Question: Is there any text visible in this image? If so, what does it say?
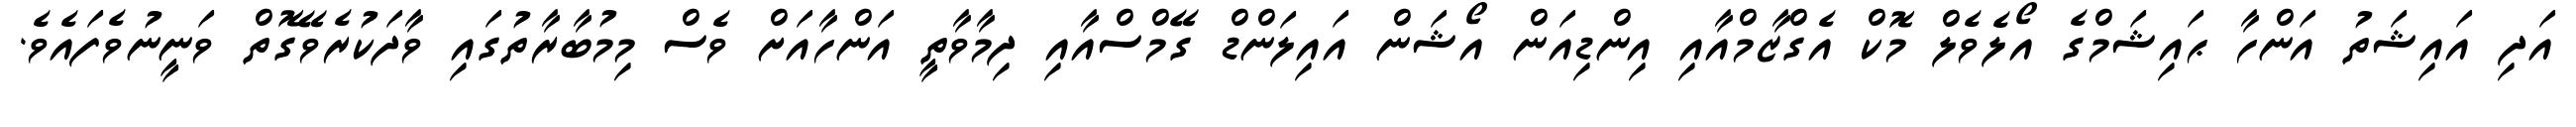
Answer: އަދި އައިޝަތު އަންހާ ޙައިޝަމްގެ އޯލެވެލް މޮކް އެގްޒާމްއާއި އިންޑިއަން އޯޝަން އައިލަންޑް ގޭމްސްއާއި ދިމާވާތީ އަންހާއަށް ވެސް މިމުބާރާތުގައި ވާދަކުރެވޭގޮތް ވަނީނުވެފައެވެ.